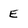
Character: E